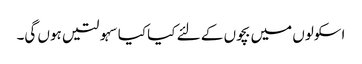
اسکولوں میں بچوں کے لئے کیا کیا سہولتیں ہوں گی۔